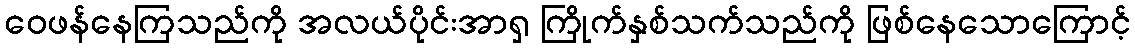
ဝေဖန်နေကြသည်ကို အလယ်ပိုင်းအာရှ ကြိုက်နှစ်သက်သည်ကို ဖြစ်နေသောကြောင့်